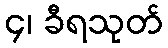
၄၊ ခီရသုတ်